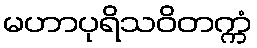
မဟာပုရိသဝိတက္ကံ